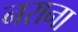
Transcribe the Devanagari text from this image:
नराना